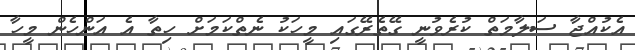
އެކުއްޖާ ސަލާމަތް ކުރެވުނީ ގޭތެރޭގައި މީހަކު ނެތްކަމަށް ހިތާ އެ އަންހެން މީހާ